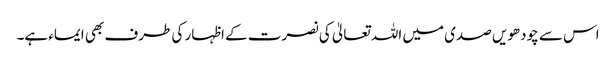
اس سے چودھویں صدی میں اللہ تعالیٰ کی نصرت کے اظہار کی طرف بھی ایماء ہے۔